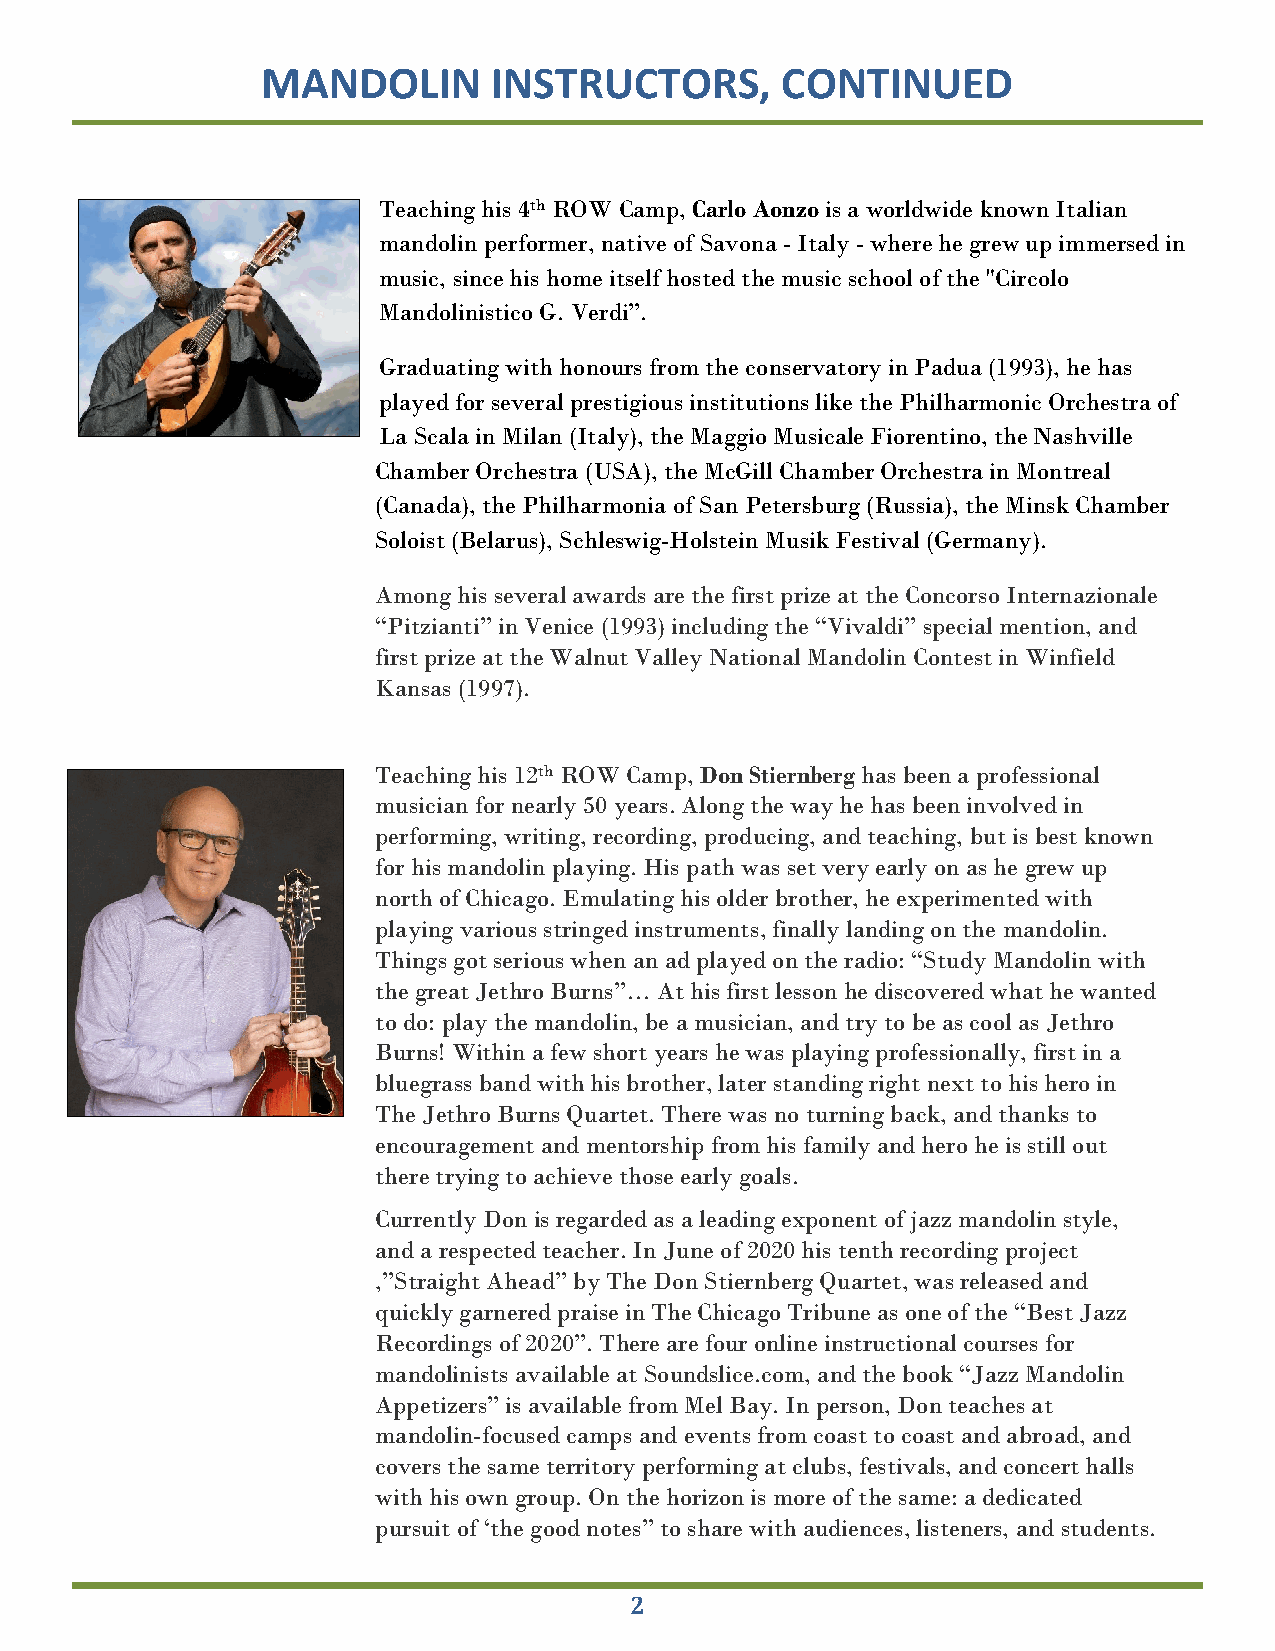
MANDOLIN        INSTRUCTORS,       CONTINUED
 Teaching his 4th ROW Camp, Carlo Aonzo is a worldwide known Italian
 mandolin performer, native of Savona - Italy - where he grew up immersed in
 music, since his home itself hosted the music school of the "Circolo
 Mandolinistico G. Verdi”.
 Graduating with honours from the conservatory in Padua (1993), he has
 played for several prestigious institutions like the Philharmonic Orchestra of
 La Scala in Milan (Italy), the Maggio Musicale Fiorentino, the Nashville
 Chamber Orchestra (USA), the McGill Chamber Orchestra in Montreal
 (Canada), the Philharmonia of San Petersburg (Russia), the Minsk Chamber
 Soloist (Belarus), Schleswig-Holstein Musik Festival (Germany).
 Among his several awards are the first prize at the Concorso Internazionale
 “Pitzianti” in Venice (1993) including the “Vivaldi” special mention, and
 first prize at the Walnut Valley National Mandolin Contest in Winfield
 Kansas (1997).
 Teaching his 12th ROW Camp, Don Stiernberg has been a professional
 musician for nearly 50 years. Along the way he has been involved in
 performing, writing, recording, producing, and teaching, but is best known
 for his mandolin playing. His path was set very early on as he grew up
 north of Chicago. Emulating his older brother, he experimented with
 playing various stringed instruments, finally landing on the mandolin.
 Things got serious when an ad played on the radio: “Study Mandolin with
 the great Jethro Burns”… At his first lesson he discovered what he wanted
 to do: play the mandolin, be a musician, and try to be as cool as Jethro
 Burns! Within a few short years he was playing professionally, first in a
 bluegrass band with his brother, later standing right next to his hero in
 The Jethro Burns Quartet. There was no turning back, and thanks to
 encouragement and mentorship from his family and hero he is still out
 there trying to achieve those early goals.
 Currently Don is regarded as a leading exponent of jazz mandolin style,
 and a respected teacher. In June of 2020 his tenth recording project
 ,”Straight Ahead” by The Don Stiernberg Quartet, was released and
 quickly garnered praise in The Chicago Tribune as one of the “Best Jazz
 Recordings of 2020”. There are four online instructional courses for
 mandolinists available at Soundslice.com, and the book “Jazz Mandolin
 Appetizers” is available from Mel Bay. In person, Don teaches at
 mandolin-focused camps and events from coast to coast and abroad, and
 covers the same territory performing at clubs, festivals, and concert halls
 with his own group. On the horizon is more of the same: a dedicated
 pursuit of ‘the good notes” to share with audiences, listeners, and students.
 2